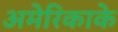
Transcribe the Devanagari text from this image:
अमेरिकाके